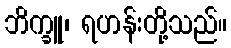
ဘိက္ခူ၊ ရဟန်းတို့သည်။